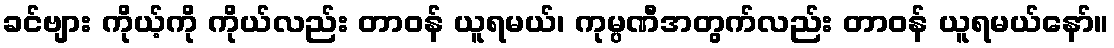
ခင်ဗျား ကိုယ့်ကို ကိုယ်လည်း တာဝန် ယူရမယ်၊ ကုမ္ပဏီအတွက်လည်း တာဝန် ယူရမယ်နော်။